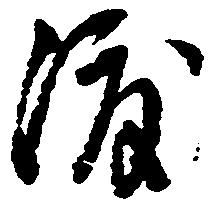
渡